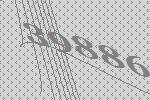
39886